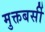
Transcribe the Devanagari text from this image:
मुक्तबर्सी